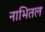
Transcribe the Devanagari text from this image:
नाभितल